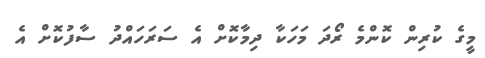
މީގެ ކުރިން ކޮންމެ ރޯދަ މަހަކާ ދިމާކޮށް އެ ސަރަހައްދު ސާފުކޮށް އެ